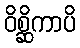
ဝိစ္ဆိကာပိ